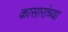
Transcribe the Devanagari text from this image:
कासारांच्या